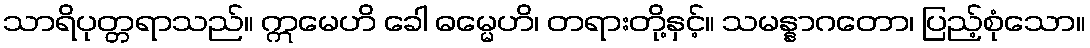
သာရိပုတ္တရာသည်။ ဣမေဟိ ခေါ ဓမ္မေဟိ၊ တရားတို့နှင့်။ သမန္နာဂတော၊ ပြည့်စုံသော။